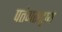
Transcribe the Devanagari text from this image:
पतंगसदृष्य